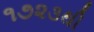
૧૭૨૩થી